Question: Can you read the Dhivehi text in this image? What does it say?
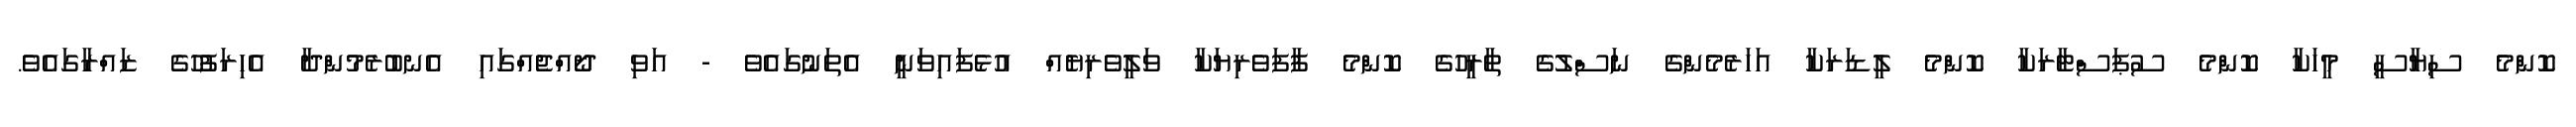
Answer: ކޮންމެ ސިޔާސީ މީހަކާ ކޮންމެ ސުޕަސްޓާރަކާ ކޮންމެ ލީޑަރަކާ އަހަރެމެންގެ ނަސްލުގެ ތާރީހުގެ ކޮންމެ ފާފަވެރިޔަކާ ވަލީވެރިޔެއް އުޅެފައިވަނީ އެތަނުގައެވެ - އަވި ދޯއްޖެއްގައި އެނބުރެމުންދާ އެހިރަފުހުގެ ޒައްރާގައެވެ.